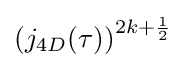
\left(j_{4D}(\tau )\right)^{2k+{\frac {1}{2}}}